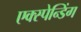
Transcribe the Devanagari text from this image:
एक्स्पेन्डिंग